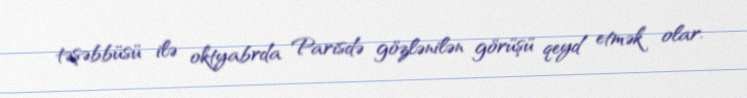
təşəbbüsü ilə oktyabrda Parisdə gözlənilən görüşü qeyd etmək olar.